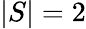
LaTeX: |S|=2